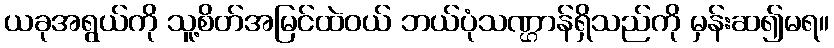
ယခုအရွယ်ကို သူ့စိတ်အမြင်ထဲဝယ် ဘယ်ပုံသဏ္ဌာန်ရှိသည်ကို မှန်းဆ၍မရ။